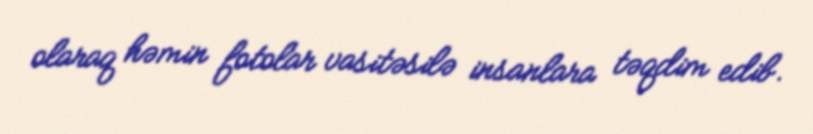
olaraq həmin fotolar vasitəsilə insanlara təqdim edib.